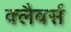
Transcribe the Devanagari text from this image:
क्लैबर्स